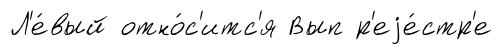
Л'е́вый отно́с'итс'я Вып р'еjе́стр'е